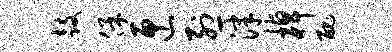
鼓保匣烈津棹丑